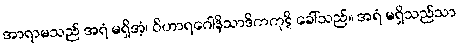
အာရာမသည် အရံ မရှိအံ့၊ ဝိဟာရဂေါနိသာဒိကကုဋိ ခေါ်သည်။ အရံ မရှိသည်သာ